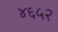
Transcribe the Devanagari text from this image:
४६५२